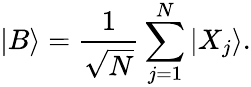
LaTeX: |B\rangle=\frac{1}{\sqrt{N}}\sum_{j=1}^{N}|X_{j}\rangle.